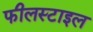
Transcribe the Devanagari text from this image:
फीलस्टाइल